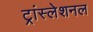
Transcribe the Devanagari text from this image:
ट्रांस्लेशनल